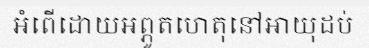
អំពើដោយអព្ភូតហេតុនៅអាយុដប់